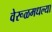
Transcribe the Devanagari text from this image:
वेरूळमधल्या